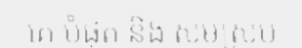
គេ បំផុត និង សមស្រប